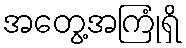
အတွေ့အကြုံရှိ